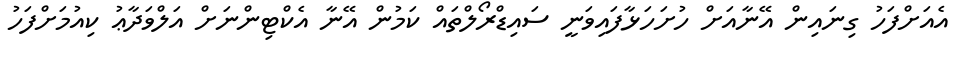
އެއަށްފަހު ގިނައިން އޭނާއަށް ހުށަހަޅާފައިވަނީ ސައިޑްރޯލްތައް ކަމުން އޭނާ އެކްޓިންނަށް އަލްވަދާޢު ކިއުމަށްފަހު